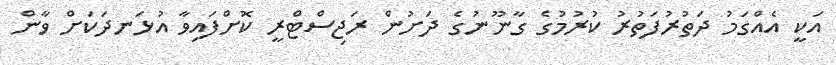
އަކީ އެއްގަމު ދަތުރުފަތުރު ކުރުމުގެ ގާނޫނުގެ ދަށުން ރަޖިސްޓްރީ ކޮށްފައިވާ އުޅަނދަކަށް ވާން